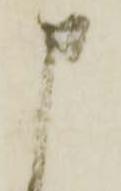
申